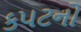
કપટનો